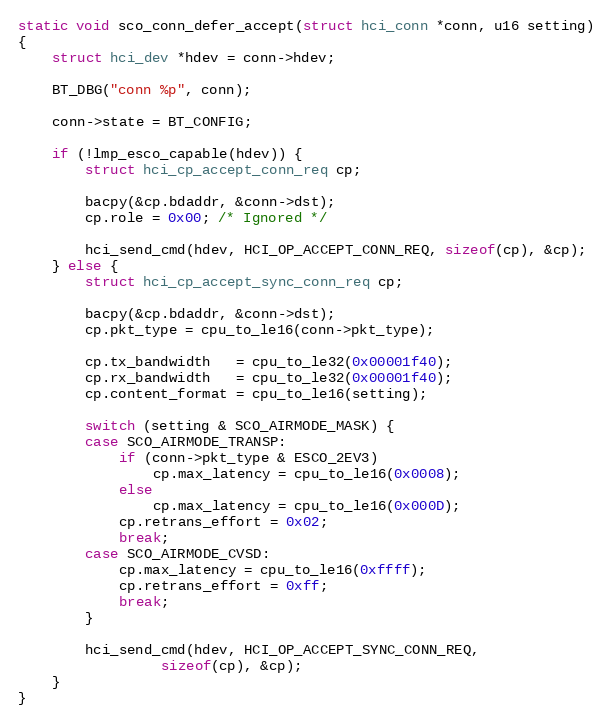
Language: C
static void sco_conn_defer_accept(struct hci_conn *conn, u16 setting)
{
	struct hci_dev *hdev = conn->hdev;

	BT_DBG("conn %p", conn);

	conn->state = BT_CONFIG;

	if (!lmp_esco_capable(hdev)) {
		struct hci_cp_accept_conn_req cp;

		bacpy(&cp.bdaddr, &conn->dst);
		cp.role = 0x00; /* Ignored */

		hci_send_cmd(hdev, HCI_OP_ACCEPT_CONN_REQ, sizeof(cp), &cp);
	} else {
		struct hci_cp_accept_sync_conn_req cp;

		bacpy(&cp.bdaddr, &conn->dst);
		cp.pkt_type = cpu_to_le16(conn->pkt_type);

		cp.tx_bandwidth   = cpu_to_le32(0x00001f40);
		cp.rx_bandwidth   = cpu_to_le32(0x00001f40);
		cp.content_format = cpu_to_le16(setting);

		switch (setting & SCO_AIRMODE_MASK) {
		case SCO_AIRMODE_TRANSP:
			if (conn->pkt_type & ESCO_2EV3)
				cp.max_latency = cpu_to_le16(0x0008);
			else
				cp.max_latency = cpu_to_le16(0x000D);
			cp.retrans_effort = 0x02;
			break;
		case SCO_AIRMODE_CVSD:
			cp.max_latency = cpu_to_le16(0xffff);
			cp.retrans_effort = 0xff;
			break;
		}

		hci_send_cmd(hdev, HCI_OP_ACCEPT_SYNC_CONN_REQ,
			     sizeof(cp), &cp);
	}
}